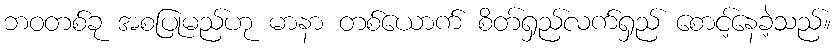
ဘဝတစ်ခု အစပြုမည်ဟု မာနာ တစ်ယောက် စိတ်ရှည်လက်ရှည် စောင့်နေခဲ့သည်။